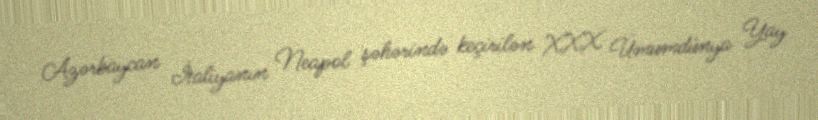
Azərbaycan İtaliyanın Neapol şəhərində keçirilən XXX Ümumdünya Yay